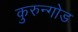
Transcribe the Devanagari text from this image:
कुरुन्गोड